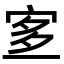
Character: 𡨆